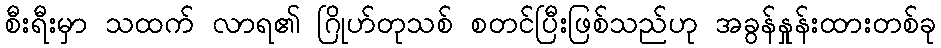
စီးရီးမှာ သထက် လာရ၏ ဂြိုဟ်တုသစ် စတင်ပြီးဖြစ်သည်ဟု အခွန်နှုန်းထားတစ်ခု